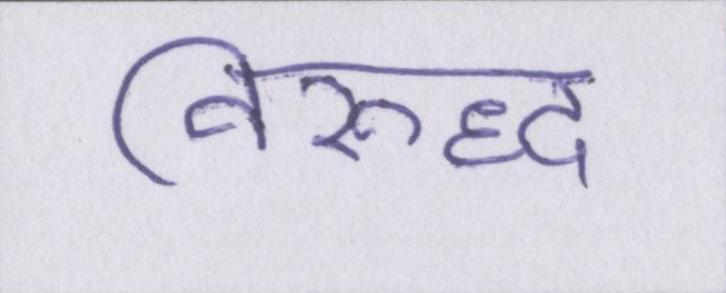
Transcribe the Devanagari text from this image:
विरुद्ध